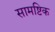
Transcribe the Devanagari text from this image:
सामष्टिक